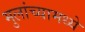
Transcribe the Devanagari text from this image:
मुलांच्यामध्ये